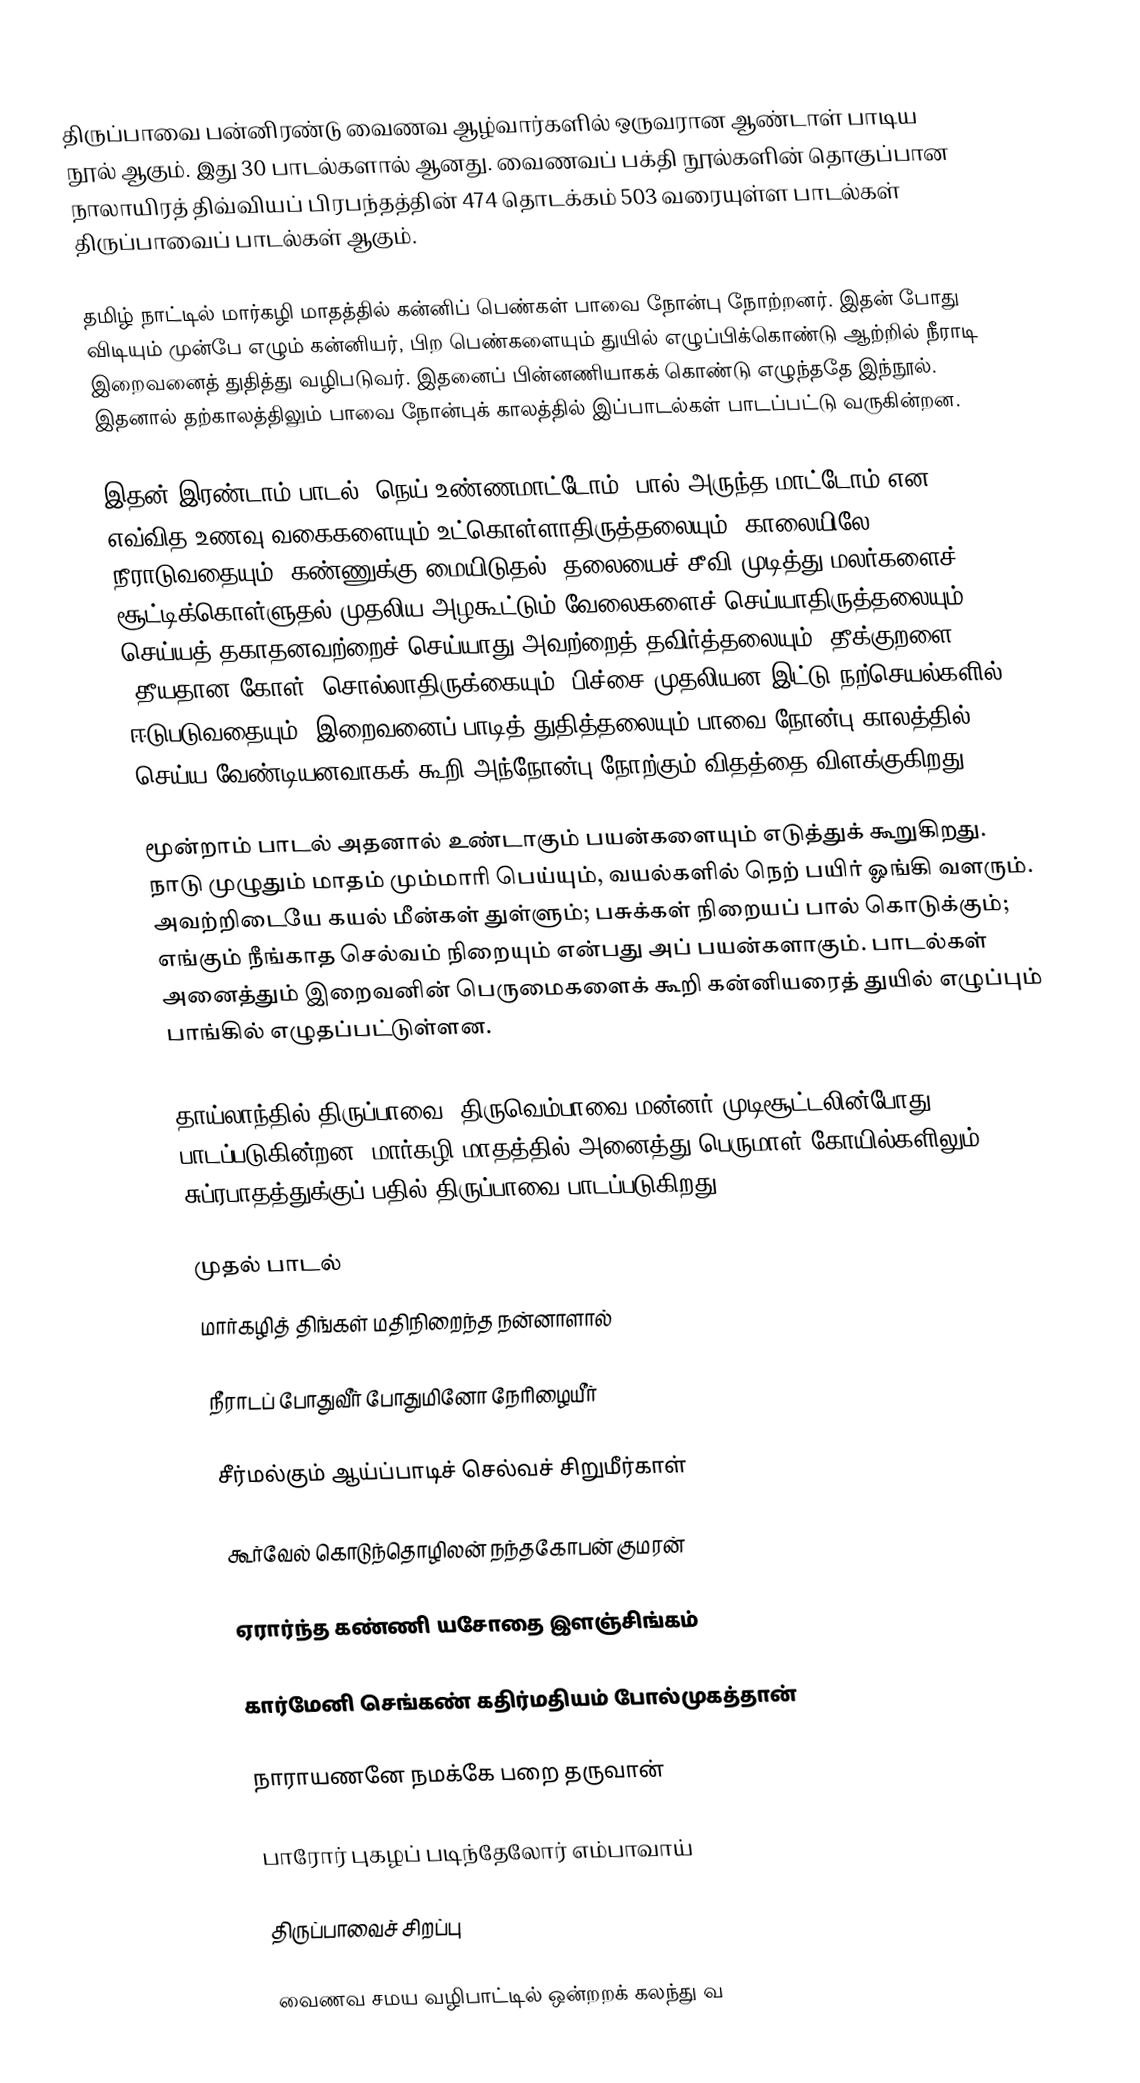
திருப்பாவை பன்னிரண்டு வைணவ ஆழ்வார்களில் ஒருவரான ஆண்டாள் பாடிய நூல் ஆகும். இது 30 பாடல்களால் ஆனது. வைணவப் பக்தி நூல்களின் தொகுப்பான நாலாயிரத் திவ்வியப் பிரபந்தத்தின் 474 தொடக்கம் 503 வரையுள்ள பாடல்கள் திருப்பாவைப் பாடல்கள் ஆகும்.

தமிழ் நாட்டில் மார்கழி மாதத்தில் கன்னிப் பெண்கள் பாவை நோன்பு நோற்றனர். இதன் போது விடியும் முன்பே எழும் கன்னியர், பிற பெண்களையும் துயில் எழுப்பிக்கொண்டு ஆற்றில் நீராடி இறைவனைத் துதித்து வழிபடுவர். இதனைப் பின்னணியாகக் கொண்டு எழுந்ததே இந்நூல். இதனால் தற்காலத்திலும் பாவை நோன்புக் காலத்தில் இப்பாடல்கள் பாடப்பட்டு வருகின்றன.

இதன் இரண்டாம் பாடல், நெய் உண்ணமாட்டோம், பால் அருந்த மாட்டோம் என எவ்வித உணவு வகைகளையும் உட்கொள்ளாதிருத்தலையும், காலையிலே நீராடுவதையும், கண்ணுக்கு மையிடுதல், தலையைச் சீவி முடித்து மலர்களைச் சூட்டிக்கொள்ளுதல் முதலிய அழகூட்டும் வேலைகளைச் செய்யாதிருத்தலையும், செய்யத் தகாதனவற்றைச் செய்யாது அவற்றைத் தவிர்த்தலையும், தீக்குறளை (தீயதான கோள்) சொல்லாதிருக்கையும், பிச்சை முதலியன இட்டு நற்செயல்களில் ஈடுபடுவதையும், இறைவனைப் பாடித் துதித்தலையும் பாவை நோன்பு காலத்தில் செய்ய வேண்டியனவாகக் கூறி அந்நோன்பு நோற்கும் விதத்தை விளக்குகிறது.

மூன்றாம் பாடல் அதனால் உண்டாகும் பயன்களையும் எடுத்துக் கூறுகிறது. நாடு முழுதும் மாதம் மும்மாரி பெய்யும், வயல்களில் நெற் பயிர் ஓங்கி வளரும். அவற்றிடையே கயல் மீன்கள் துள்ளும்; பசுக்கள் நிறையப் பால் கொடுக்கும்; எங்கும் நீங்காத செல்வம் நிறையும் என்பது அப் பயன்களாகும். பாடல்கள் அனைத்தும் இறைவனின் பெருமைகளைக் கூறி கன்னியரைத் துயில் எழுப்பும் பாங்கில் எழுதப்பட்டுள்ளன.

தாய்லாந்தில் திருப்பாவை, திருவெம்பாவை மன்னர் முடிசூட்டலின்போது பாடப்படுகின்றன. மார்கழி மாதத்தில் அனைத்து பெருமாள் கோயில்களிலும் சுப்ரபாதத்துக்குப் பதில் திருப்பாவை பாடப்படுகிறது.

முதல் பாடல்
மார்கழித் திங்கள் மதிநிறைந்த நன்னாளால்

நீராடப் போதுவீர் போதுமினோ நேரிழையீர்

சீர்மல்கும் ஆய்ப்பாடிச் செல்வச் சிறுமீர்காள்

கூர்வேல் கொடுந்தொழிலன் நந்தகோபன் குமரன்

ஏரார்ந்த கண்ணி யசோதை இளஞ்சிங்கம்

கார்மேனி செங்கண் கதிர்மதியம் போல்முகத்தான்

நாராயணனே நமக்கே பறை தருவான்

பாரோர் புகழப் படிந்தேலோர் எம்பாவாய்

திருப்பாவைச் சிறப்பு

வைணவ சமய வழிபாட்டில் ஒன்றறக் கலந்து வ